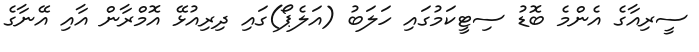
ސީރިއާގެ އެންމެ ބޮޑު ސިޓީކަމުގައި ހަލަބު (އަލެޕޯ)ގައި ދިރިއުޅޭ އޮމްރާން އާއި އޭނާގެ